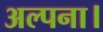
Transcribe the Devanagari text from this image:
अल्पना।